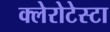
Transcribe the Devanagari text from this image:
क्लेरोटेस्टा